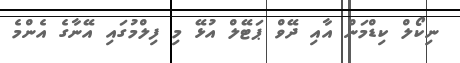
ނިކޯލް ކިޑްމަން އާއި ދޭވް ޕަޓޭލް އުޅޭ މި ފިލްމުގައި އޭނާގެ އެންމެ